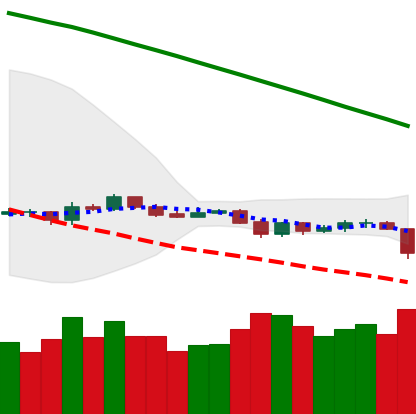
Ticker: LTC-USD
Chart end date: 2019-10-23
Forward return: 17.125%
Label: up_7plus